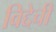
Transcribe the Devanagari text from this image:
विद्देची